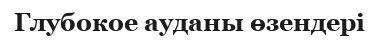
Глубокое ауданы өзендері